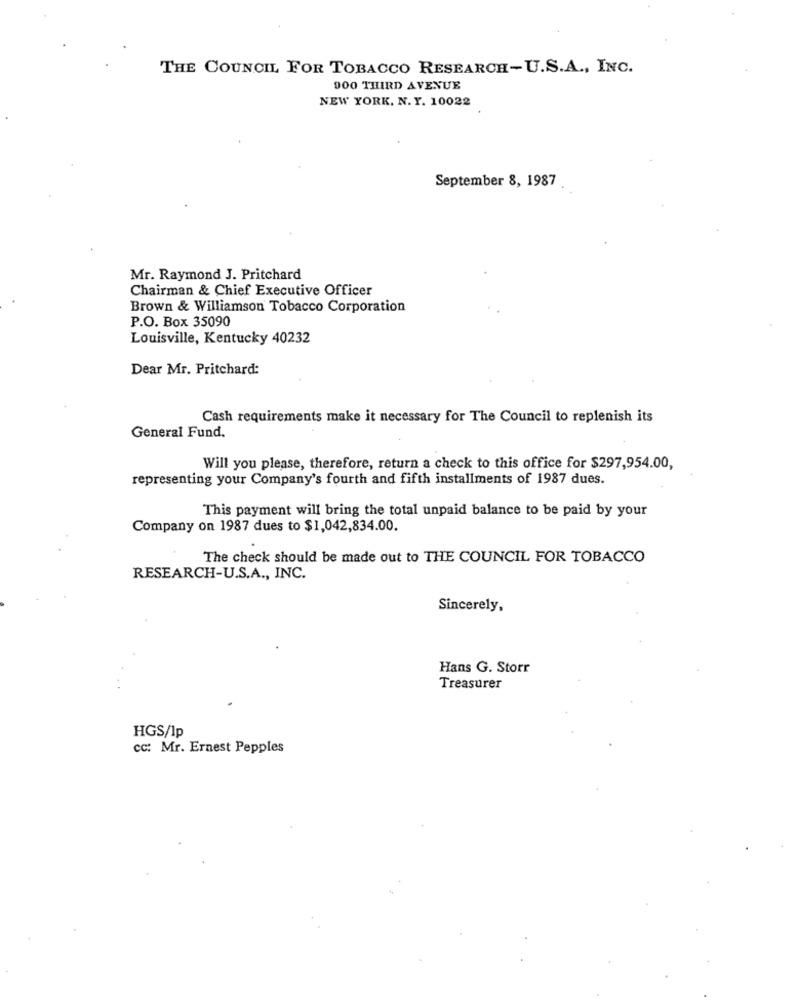
THE COUNCIL FOR TOBACCO RESEARCH-U.S.A ., INC.
900 THIRD AVENUE
NEW YORK. N. Y. 10022
September 8, 1987
Mr. Raymond J. Pritchard
Chairman & Chief Executive Officer
Brown & Williamson Tobacco Corporation
P.O. Box 35090
Louisville, Kentucky 40232
Dear Mr. Pritchard:
Cash requirements make it necessary for The Council to replenish its
General Fund.
Will you please, therefore, return a check to this office for $297,954.00,
representing your Company's fourth and fifth installments of 1987 dues.
This payment will bring the total unpaid balance to be paid by your
Company on 1987 dues to $1,042,834.00.
The check should be made out to THE COUNCIL FOR TOBACCO
RESEARCH-U.S.A ., INC.
Sincerely,
Hans G. Storr
Treasurer
HGS/Ip
cc: Mr. Ernest Pepples